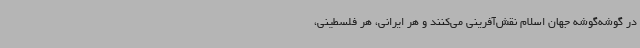
در گوشه‌گوشه جهان اسلام نقش‌آفرینی می‌کنند و هر ایرانی، هر فلسطینی،